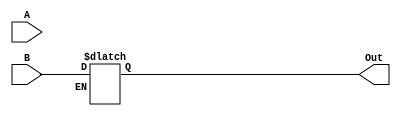
module  FloatingPointAdder(  A, B, Out);
    input [31:0] A;
    input [31:0] B;
    output [31:0] Out;

    wire [22:0]MA; 
    wire [22:0]MB; 
    wire [7:0]EA; 
    wire [7:0]EB;

    assign MA[22:0]=A[22:0];
    assign MB[22:0]=B[22:0];
    assign EA = A[30:23];
    assign EB = B[30:23];
    
    //calculate the difference between exponents
    wire [8:0]exp_diff; // 1b sign + 8b magnitude
    
    always @(*) begin  
        if (a >=b) begin 
            result = a-b;
        end else begin 
            result = b-a;
            result[8] = 1'b1;
        end
    end

    wire [22:0]MA_shifted;
    wire [22:0]MB_shifted;
    wire [7:0]shift_amount;
    
    //shift first, 
    always @(*) begin
        if (!result[8]) begin
            MA_shifted = MA;
            MB_shifted = MB >> shift_amount;
        end else begin
            MA_shifted = MA >> shift_amount;
            MB_shifted = MB;
        end
    end

    // darn, this different sign addition is quite tricky; 
    // where:     Shift the mantissa left until the high bit is set,  has to be done. 
    // one possible approach is: https://people.ece.cornell.edu/land/courses/ece5760/StudentWork/mje56/FPmath.v 
        //extending this into fp32. 


    //if exponential difference is larger than 22, just output the larger input.
    always @(*) begin
        if (result[7:0]>22) begin 
            Out = result[8]?A:B;
        end else begin 
            //the other assignment
        end
    end

endmodule